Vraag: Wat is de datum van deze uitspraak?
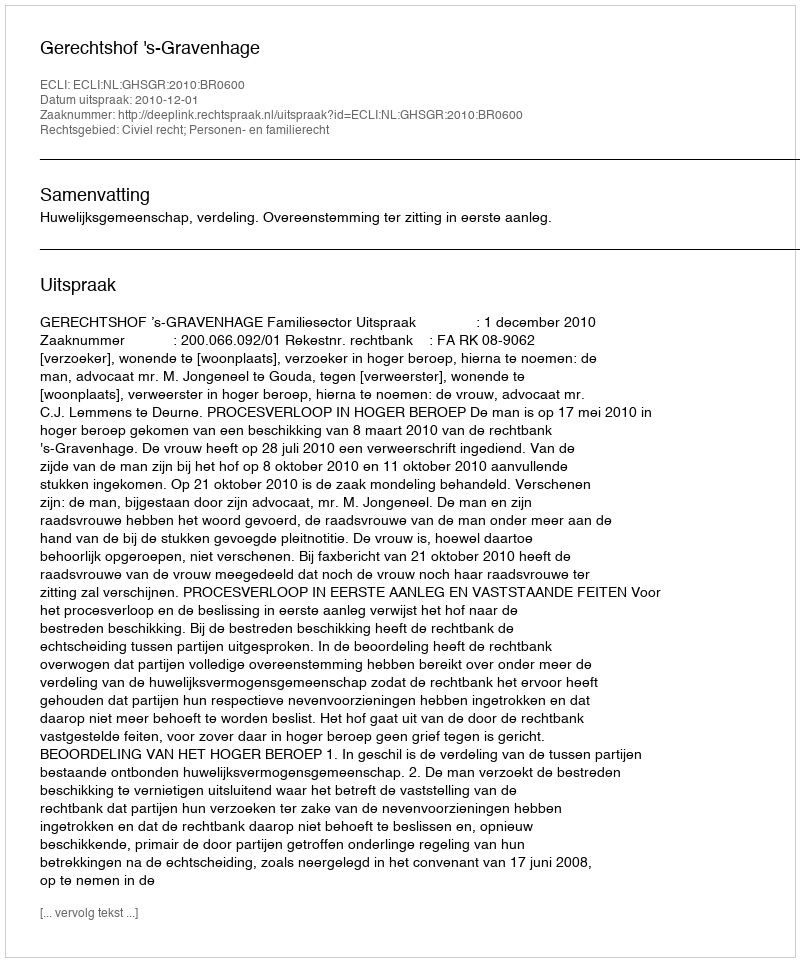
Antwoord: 2010-12-01